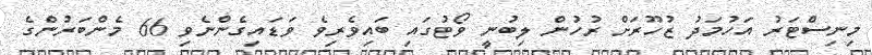
މިނިސްޓަރު އަހުމަދު ޒުހޫރަށް ރުހުން ލިބުނީ ވޯޓުގައި ބައިވެރިވެ ވަޑައިގެންނެވި 66 މެންބަރުންގެ